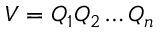
V = Q _ { 1 } Q _ { 2 } \dots Q _ { n }